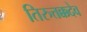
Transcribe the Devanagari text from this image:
तिरुत्तक्कदेव